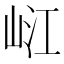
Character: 𡷍